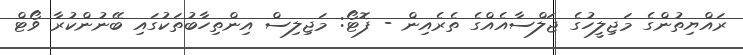
ރައްޔިތުންގެ މަޖިލީހުގެ ޖަލްސާއެއްގެ ތެރެއިން - ފޮޓޯ: މަޖިލިސް އިންތިހާބުތަކުގައި ބޭނުންކުރާ ވޯޓް